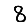
Digit: 8